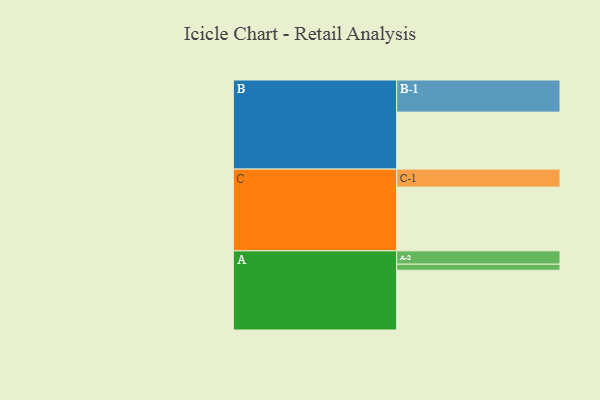
{"axis": {"x": "Segment", "y": "Value"}, "legend": ["", "A", "B", "C"], "data": [{"x": "A", "y": 521, "type": ""}, {"x": "B", "y": 497, "type": ""}, {"x": "C", "y": 556, "type": ""}, {"x": "A-1", "y": 53, "type": "A"}, {"x": "A-2", "y": 116, "type": "A"}, {"x": "B-1", "y": 280, "type": "B"}, {"x": "C-1", "y": 157, "type": "C"}]}